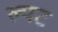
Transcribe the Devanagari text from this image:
ल्यट